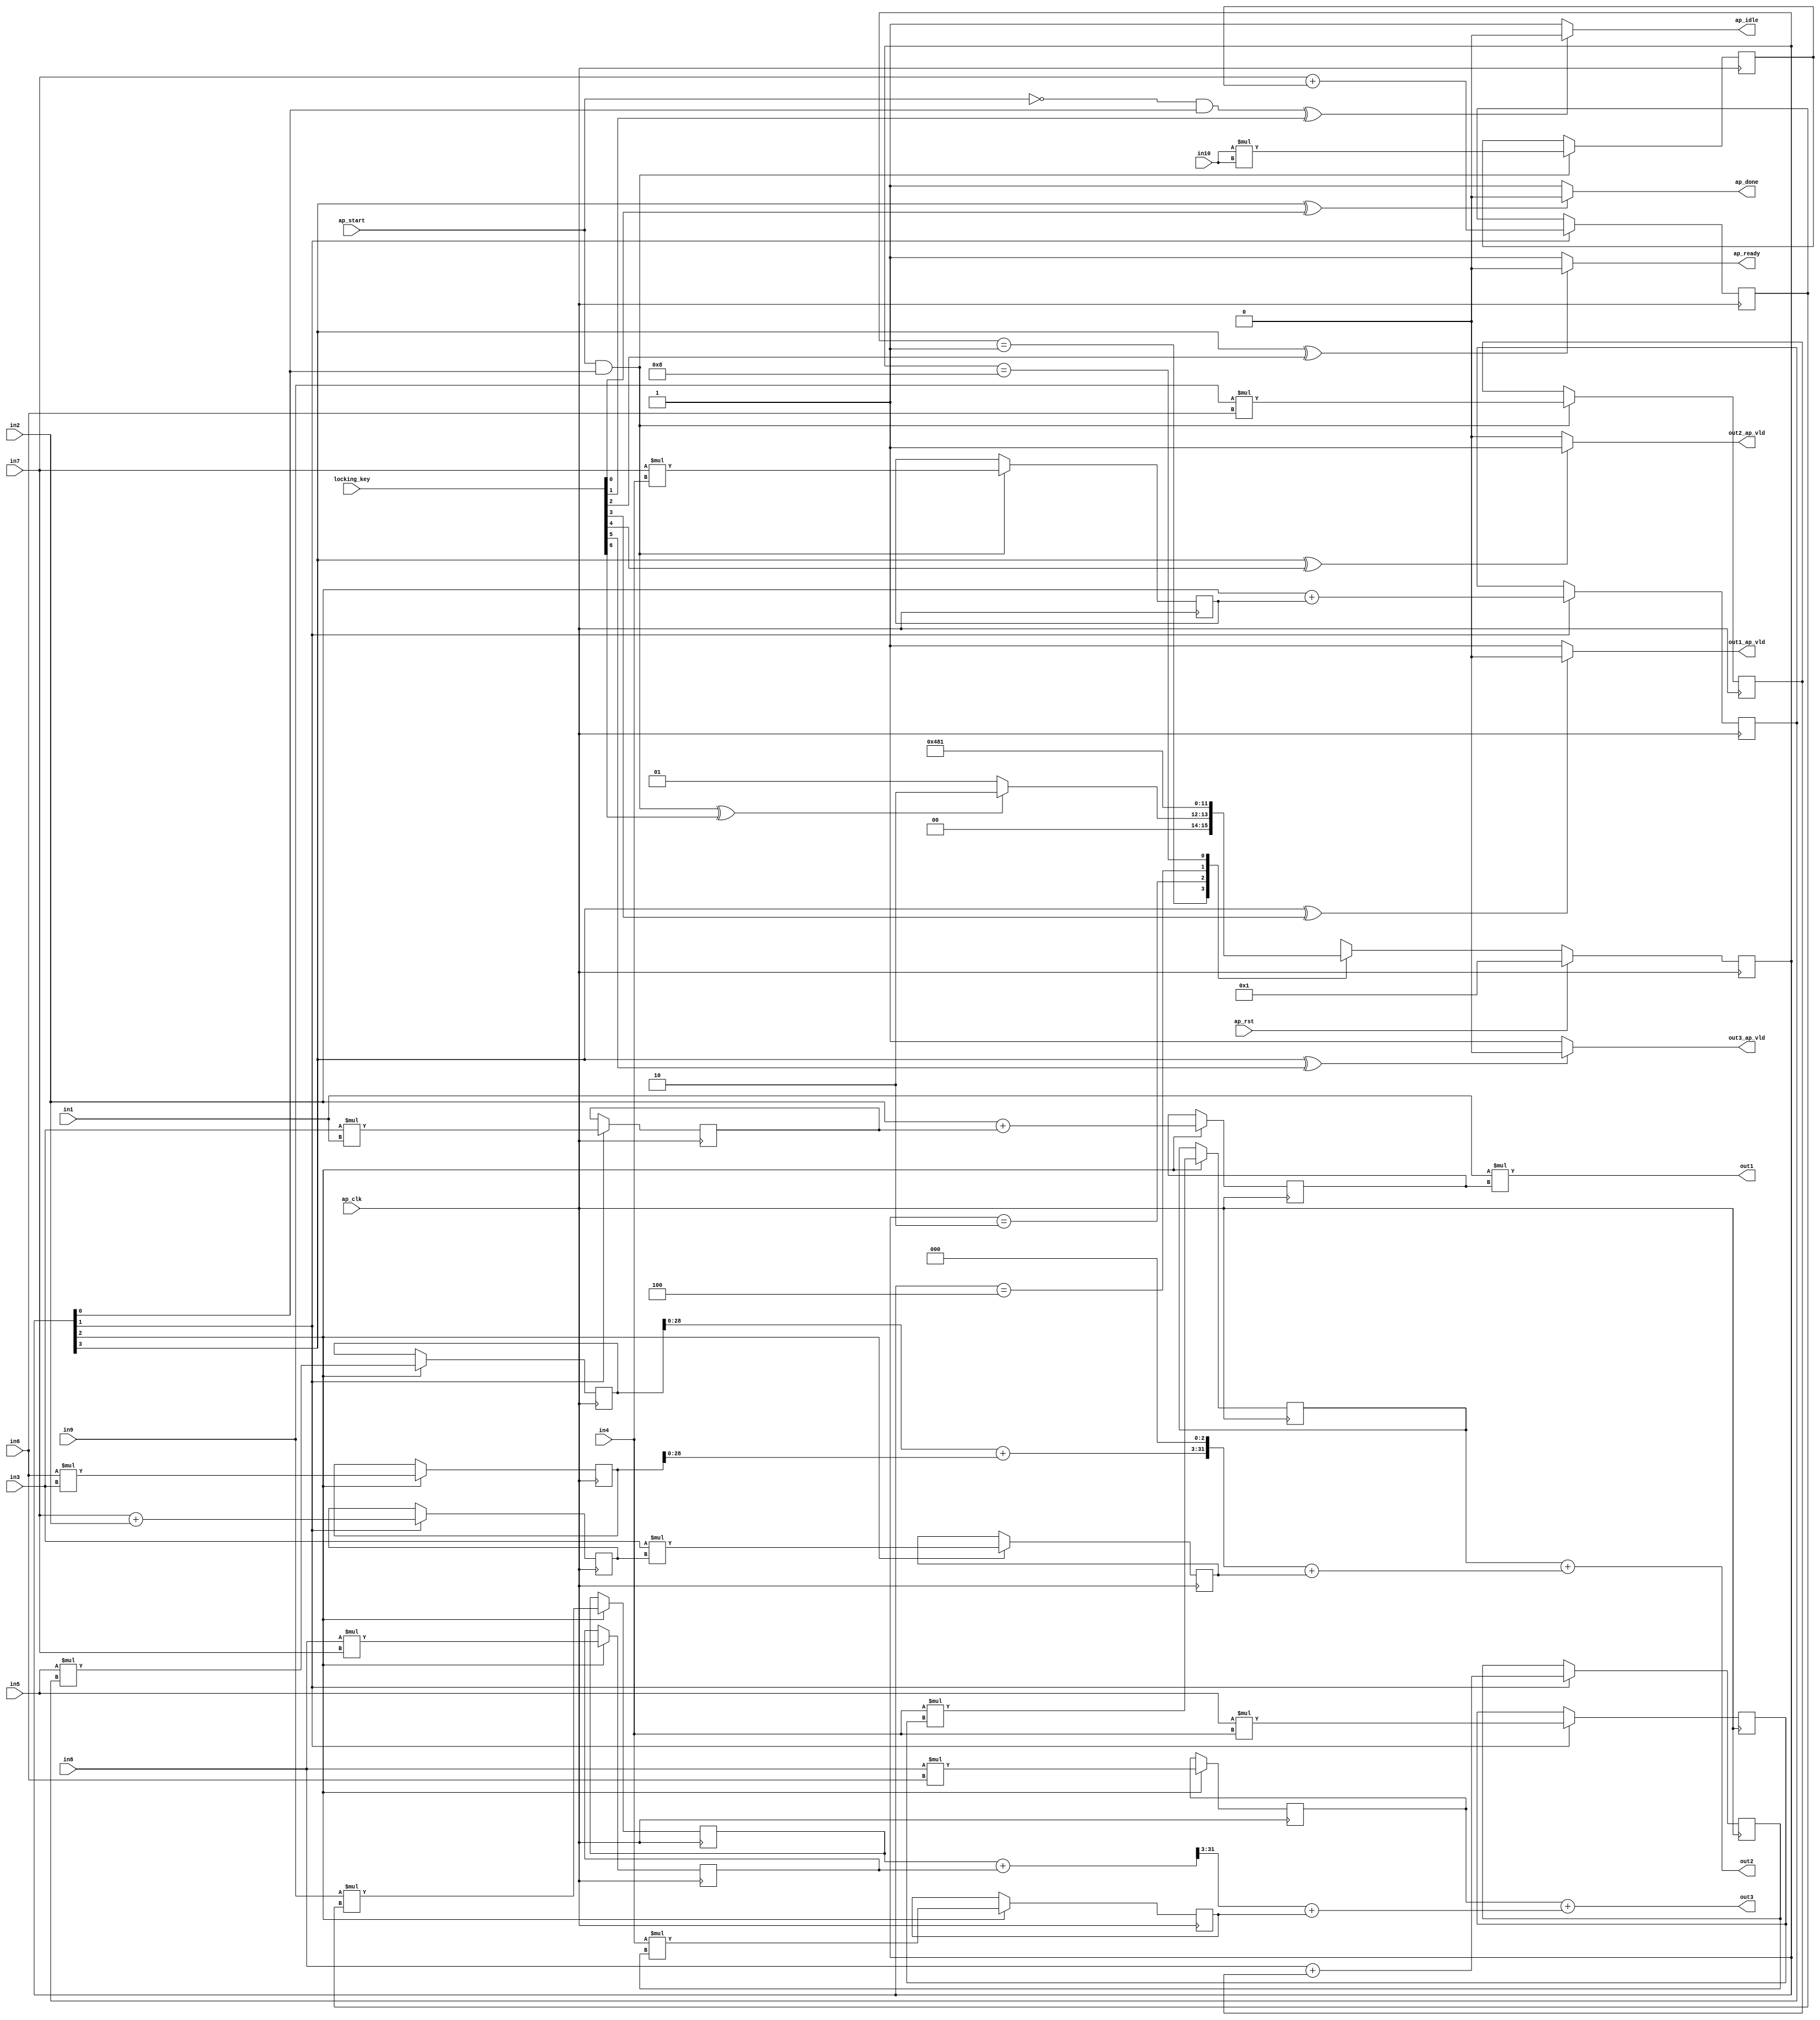

module hls_macc_motion_0_obf
(
  ap_clk,
  ap_rst,
  ap_start,
  ap_done,
  ap_idle,
  ap_ready,
  in1,
  in2,
  in3,
  in4,
  in5,
  in6,
  in7,
  in8,
  in9,
  in10,
  out1,
  out1_ap_vld,
  out2,
  out2_ap_vld,
  out3,
  out3_ap_vld,
  locking_key
);

  parameter ap_ST_fsm_state1 = 4'd1;
  parameter ap_ST_fsm_state2 = 4'd2;
  parameter ap_ST_fsm_state3 = 4'd4;
  parameter ap_ST_fsm_state4 = 4'd8;
  input ap_clk;
  input ap_rst;
  input ap_start;
  output ap_done;
  output ap_idle;
  output ap_ready;
  input [31:0] in1;
  input [31:0] in2;
  input [31:0] in3;
  input [31:0] in4;
  input [31:0] in5;
  input [31:0] in6;
  input [31:0] in7;
  input [31:0] in8;
  input [31:0] in9;
  input [31:0] in10;
  output [31:0] out1;
  output out1_ap_vld;
  output [31:0] out2;
  output out2_ap_vld;
  output [31:0] out3;
  output out3_ap_vld;
  reg ap_done;
  reg ap_idle;
  reg ap_ready;
  reg out1_ap_vld;
  reg out2_ap_vld;
  reg out3_ap_vld;
  reg [3:0] ap_CS_fsm;
  wire ap_CS_fsm_state1;
  wire [31:0] mult10_fu_123_p2;
  reg [31:0] mult10_reg_287;
  wire [31:0] add3_fu_129_p2;
  reg [31:0] add3_reg_292;
  wire [31:0] add5_fu_135_p2;
  reg [31:0] add5_reg_297;
  wire ap_CS_fsm_state2;
  wire [31:0] mult2_fu_141_p2;
  reg [31:0] mult2_reg_329;
  wire signed [31:0] tmp1_fu_147_p2;
  reg signed [31:0] tmp1_reg_334;
  wire signed [31:0] tmp_fu_152_p2;
  reg signed [31:0] tmp_reg_339;
  wire signed [31:0] tmp4_fu_157_p2;
  reg signed [31:0] tmp4_reg_344;
  wire signed [31:0] add4_s_fu_162_p2;
  reg signed [31:0] add4_s_reg_349;
  wire signed [31:0] tmp6_fu_167_p2;
  reg signed [31:0] tmp6_reg_354;
  wire [31:0] mult7_fu_171_p2;
  reg [31:0] mult7_reg_359;
  wire ap_CS_fsm_state3;
  wire [31:0] mult11_fu_175_p2;
  reg [31:0] mult11_reg_364;
  wire [31:0] mult13_fu_179_p2;
  reg [31:0] mult13_reg_369;
  wire [31:0] add2_fu_183_p2;
  reg [31:0] add2_reg_374;
  wire signed [31:0] add1_s_fu_187_p2;
  reg signed [31:0] add1_s_reg_379;
  wire [31:0] tmp3_fu_191_p2;
  reg [31:0] tmp3_reg_384;
  wire [31:0] tmp5_fu_195_p2;
  reg [31:0] tmp5_reg_389;
  wire [31:0] add13_fu_199_p2;
  reg [31:0] add13_reg_394;
  wire [31:0] tmp7_fu_203_p2;
  reg [31:0] tmp7_reg_399;
  wire ap_CS_fsm_state4;
  wire signed [31:0] mult10_fu_123_p0;
  wire signed [31:0] mult10_fu_123_p1;
  wire signed [31:0] add3_fu_129_p0;
  wire signed [31:0] add3_fu_129_p1;
  wire signed [31:0] add5_fu_135_p0;
  wire signed [31:0] add5_fu_135_p1;
  wire signed [31:0] mult2_fu_141_p0;
  wire signed [31:0] mult2_fu_141_p1;
  wire signed [31:0] tmp1_fu_147_p0;
  wire signed [31:0] tmp1_fu_147_p1;
  wire signed [31:0] tmp4_fu_157_p0;
  wire signed [31:0] add4_s_fu_162_p0;
  wire signed [31:0] tmp6_fu_167_p0;
  wire signed [31:0] mult7_fu_171_p0;
  wire signed [31:0] mult7_fu_171_p1;
  wire signed [31:0] mult11_fu_175_p0;
  wire signed [31:0] mult11_fu_175_p1;
  wire signed [31:0] mult13_fu_179_p0;
  wire signed [31:0] mult13_fu_179_p1;
  wire signed [31:0] add2_fu_183_p0;
  wire signed [31:0] tmp3_fu_191_p0;
  wire signed [31:0] tmp5_fu_195_p0;
  wire signed [31:0] add13_fu_199_p0;
  wire signed [31:0] tmp7_fu_203_p0;
  wire signed [31:0] add6_fu_207_p0;
  wire [31:0] add9_fu_212_p2;
  wire [31:0] shf1_fu_216_p2;
  wire [31:0] tmp2_fu_222_p2;
  wire [31:0] add14_fu_233_p2;
  wire [28:0] shf2_fu_237_p4;
  wire [31:0] shf2_1_fu_247_p1;
  wire [31:0] tmp8_fu_251_p2;
  reg [3:0] ap_NS_fsm;
  input [3070:0] locking_key;
  wire [6:0] working_key;

  initial begin
    #0 ap_CS_fsm = 4'd1;
  end


  always @(posedge ap_clk) begin
    if(ap_rst == 1'b1) begin
      ap_CS_fsm <= ap_ST_fsm_state1;
    end else begin
      ap_CS_fsm <= ap_NS_fsm;
    end
  end


  always @(posedge ap_clk) begin
    if(1'b1 == ap_CS_fsm_state3) begin
      add13_reg_394 <= add13_fu_199_p2;
      add1_s_reg_379 <= add1_s_fu_187_p2;
      add2_reg_374 <= add2_fu_183_p2;
      mult11_reg_364 <= mult11_fu_175_p2;
      mult13_reg_369 <= mult13_fu_179_p2;
      mult7_reg_359 <= mult7_fu_171_p2;
      tmp3_reg_384 <= tmp3_fu_191_p2;
      tmp5_reg_389 <= tmp5_fu_195_p2;
      tmp7_reg_399 <= tmp7_fu_203_p2;
    end 
  end


  always @(posedge ap_clk) begin
    if((ap_start == 1'b1) & (1'b1 == ap_CS_fsm_state1)) begin
      add3_reg_292 <= add3_fu_129_p2;
      add5_reg_297 <= add5_fu_135_p2;
      mult10_reg_287 <= mult10_fu_123_p2;
    end 
  end


  always @(posedge ap_clk) begin
    if(1'b1 == ap_CS_fsm_state2) begin
      add4_s_reg_349 <= add4_s_fu_162_p2;
      mult2_reg_329 <= mult2_fu_141_p2;
      tmp1_reg_334 <= tmp1_fu_147_p2;
      tmp4_reg_344 <= tmp4_fu_157_p2;
      tmp6_reg_354 <= tmp6_fu_167_p2;
      tmp_reg_339 <= tmp_fu_152_p2;
    end 
  end


  always @(*) begin
    if(((1'b1 == ap_CS_fsm_state4) ^ working_key[0]) == 1'b1) begin
      ap_done = 1'b0;
    end else begin
      ap_done = 1'b1;
    end
  end


  always @(*) begin
    if(((ap_start == 1'b0) & (1'b1 == ap_CS_fsm_state1) ^ working_key[1]) == 1'b1) begin
      ap_idle = 1'b0;
    end else begin
      ap_idle = 1'b1;
    end
  end


  always @(*) begin
    if(((1'b1 == ap_CS_fsm_state4) ^ working_key[2]) == 1'b1) begin
      ap_ready = 1'b0;
    end else begin
      ap_ready = 1'b1;
    end
  end


  always @(*) begin
    if(((1'b1 == ap_CS_fsm_state4) ^ working_key[3]) == 1'b1) begin
      out1_ap_vld = 1'b0;
    end else begin
      out1_ap_vld = 1'b1;
    end
  end


  always @(*) begin
    if(((1'b1 == ap_CS_fsm_state4) ^ working_key[4]) == 1'b1) begin
      out2_ap_vld = 1'b1;
    end else begin
      out2_ap_vld = 1'b0;
    end
  end


  always @(*) begin
    if(((1'b1 == ap_CS_fsm_state4) ^ working_key[5]) == 1'b1) begin
      out3_ap_vld = 1'b0;
    end else begin
      out3_ap_vld = 1'b1;
    end
  end


  always @(*) begin
    case(ap_CS_fsm)
      ap_ST_fsm_state1: begin
        if(((ap_start == 1'b1) & (1'b1 == ap_CS_fsm_state1) ^ working_key[6]) == 1'b1) begin
          ap_NS_fsm = ap_ST_fsm_state2;
        end else begin
          ap_NS_fsm = ap_ST_fsm_state1;
        end
      end
      ap_ST_fsm_state2: begin
        ap_NS_fsm = ap_ST_fsm_state3;
      end
      ap_ST_fsm_state3: begin
        ap_NS_fsm = ap_ST_fsm_state4;
      end
      ap_ST_fsm_state4: begin
        ap_NS_fsm = ap_ST_fsm_state1;
      end
      default: begin
        ap_NS_fsm = 'bx;
      end
    endcase
  end

  assign add13_fu_199_p0 = in4;
  assign add13_fu_199_p2 = add13_fu_199_p0 * add4_s_reg_349;
  assign add14_fu_233_p2 = tmp7_reg_399 + mult13_reg_369;
  assign add1_s_fu_187_p2 = in2 + mult2_reg_329;
  assign add2_fu_183_p0 = in4;
  assign add2_fu_183_p2 = add2_fu_183_p0 * tmp1_reg_334;
  assign add3_fu_129_p0 = in7;
  assign add3_fu_129_p1 = in4;
  assign add3_fu_129_p2 = add3_fu_129_p0 * add3_fu_129_p1;
  assign add4_s_fu_162_p0 = in8;
  assign add4_s_fu_162_p2 = add4_s_fu_162_p0 + mult10_reg_287;
  assign add5_fu_135_p0 = in10;
  assign add5_fu_135_p1 = in10;
  assign add5_fu_135_p2 = add5_fu_135_p0 * add5_fu_135_p1;
  assign add6_fu_207_p0 = in1;
  assign add9_fu_212_p2 = tmp3_reg_384 + mult7_reg_359;
  assign ap_CS_fsm_state1 = ap_CS_fsm[32'd0];
  assign ap_CS_fsm_state2 = ap_CS_fsm[32'd1];
  assign ap_CS_fsm_state3 = ap_CS_fsm[32'd2];
  assign ap_CS_fsm_state4 = ap_CS_fsm[32'd3];
  assign mult10_fu_123_p0 = in9;
  assign mult10_fu_123_p1 = in6;
  assign mult10_fu_123_p2 = mult10_fu_123_p0 * mult10_fu_123_p1;
  assign mult11_fu_175_p0 = in8;
  assign mult11_fu_175_p1 = in6;
  assign mult11_fu_175_p2 = mult11_fu_175_p0 * mult11_fu_175_p1;
  assign mult13_fu_179_p0 = in8;
  assign mult13_fu_179_p1 = in7;
  assign mult13_fu_179_p2 = mult13_fu_179_p0 * mult13_fu_179_p1;
  assign mult2_fu_141_p0 = in3;
  assign mult2_fu_141_p1 = in1;
  assign mult2_fu_141_p2 = mult2_fu_141_p0 * mult2_fu_141_p1;
  assign mult7_fu_171_p0 = in6;
  assign mult7_fu_171_p1 = in3;
  assign mult7_fu_171_p2 = mult7_fu_171_p0 * mult7_fu_171_p1;
  assign out1 = add6_fu_207_p0 * add1_s_reg_379;
  assign out2 = add2_reg_374 + tmp2_fu_222_p2;
  assign out3 = mult11_reg_364 + tmp8_fu_251_p2;
  assign shf1_fu_216_p2 = add9_fu_212_p2 << 32'd3;
  assign shf2_1_fu_247_p1 = shf2_fu_237_p4;
  assign shf2_fu_237_p4 = { { add14_fu_233_p2[31:3] } };
  assign tmp1_fu_147_p0 = in5;
  assign tmp1_fu_147_p1 = in4;
  assign tmp1_fu_147_p2 = tmp1_fu_147_p0 * tmp1_fu_147_p1;
  assign tmp2_fu_222_p2 = shf1_fu_216_p2 + tmp5_reg_389;
  assign tmp3_fu_191_p0 = in5;
  assign tmp3_fu_191_p2 = tmp3_fu_191_p0 * tmp_reg_339;
  assign tmp4_fu_157_p0 = in7;
  assign tmp4_fu_157_p2 = tmp4_fu_157_p0 + in2;
  assign tmp5_fu_195_p0 = in3;
  assign tmp5_fu_195_p2 = tmp5_fu_195_p0 * tmp4_reg_344;
  assign tmp6_fu_167_p0 = in7;
  assign tmp6_fu_167_p2 = tmp6_fu_167_p0 + add5_reg_297;
  assign tmp7_fu_203_p0 = in9;
  assign tmp7_fu_203_p2 = tmp7_fu_203_p0 * tmp6_reg_354;
  assign tmp8_fu_251_p2 = shf2_1_fu_247_p1 + add13_reg_394;
  assign tmp_fu_152_p2 = in2 + add3_reg_292;
  assign working_key = { locking_key[6:0] };

endmodule